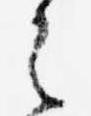
之